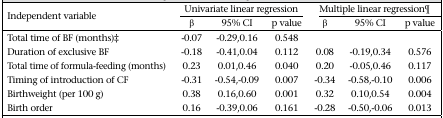
<table><thead><tr><td rowspan="2"><b>Independent variable</b></td><td colspan="3"><b>Univariate linear regression</b></td><td colspan="3"><b>Multiple linear regression¶</b></td></tr></thead><tbody><tr><td>β</td><td>95% CI</td><td>p value</td><td>β</td><td>95% CI</td><td>p value</td></tr><tr><td>Total time of BF (months)‡</td><td>-0.07</td><td>-0.29,0.16</td><td>0.548</td><td></td><td></td><td></td></tr><tr><td>Duration of exclusive BF</td><td>-0.18</td><td>-0.41,0.04</td><td>0.112</td><td>0.08</td><td>-0.19,0.34</td><td>0.576</td></tr><tr><td>Total time of formula-feeding (months)</td><td>0.23</td><td>0.01,0.46</td><td>0.040</td><td>0.20</td><td>-0.05,0.46</td><td>0.117</td></tr><tr><td>Timing of introduction of CF</td><td>-0.31</td><td>-0.54,-0.09</td><td>0.007</td><td>-0.34</td><td>-0.58,-0.10</td><td>0.006</td></tr><tr><td>Birthweight (per 100 g)</td><td>0.38</td><td>0.16,0.60</td><td>0.001</td><td>0.32</td><td>0.10,0.54</td><td>0.004</td></tr><tr><td>Birth order</td><td>0.16</td><td>-0.39,0.06</td><td>0.161</td><td>-0.28</td><td>-0.50,-0.06</td><td>0.013</td></tr></tbody></table>